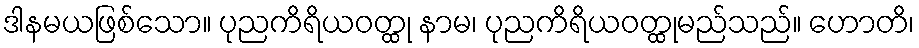
ဒါနမယဖြစ်သော။ ပုညကိရိယဝတ္ထု နာမ၊ ပုညကိရိယဝတ္ထုမည်သည်။ ဟောတိ၊